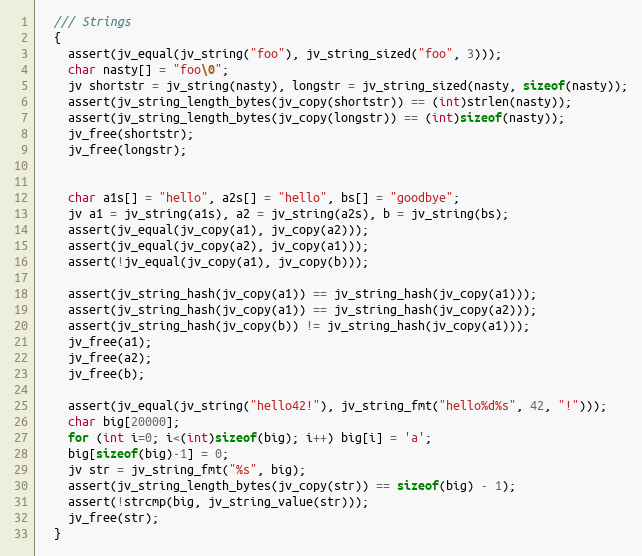
Language: C
  /// Strings
  {
    assert(jv_equal(jv_string("foo"), jv_string_sized("foo", 3)));
    char nasty[] = "foo\0";
    jv shortstr = jv_string(nasty), longstr = jv_string_sized(nasty, sizeof(nasty));
    assert(jv_string_length_bytes(jv_copy(shortstr)) == (int)strlen(nasty));
    assert(jv_string_length_bytes(jv_copy(longstr)) == (int)sizeof(nasty));
    jv_free(shortstr);
    jv_free(longstr);

    char a1s[] = "hello", a2s[] = "hello", bs[] = "goodbye";
    jv a1 = jv_string(a1s), a2 = jv_string(a2s), b = jv_string(bs);
    assert(jv_equal(jv_copy(a1), jv_copy(a2)));
    assert(jv_equal(jv_copy(a2), jv_copy(a1)));
    assert(!jv_equal(jv_copy(a1), jv_copy(b)));

    assert(jv_string_hash(jv_copy(a1)) == jv_string_hash(jv_copy(a1)));
    assert(jv_string_hash(jv_copy(a1)) == jv_string_hash(jv_copy(a2)));
    assert(jv_string_hash(jv_copy(b)) != jv_string_hash(jv_copy(a1)));
    jv_free(a1);
    jv_free(a2);
    jv_free(b);

    assert(jv_equal(jv_string("hello42!"), jv_string_fmt("hello%d%s", 42, "!")));
    char big[20000];
    for (int i=0; i<(int)sizeof(big); i++) big[i] = 'a';
    big[sizeof(big)-1] = 0;
    jv str = jv_string_fmt("%s", big);
    assert(jv_string_length_bytes(jv_copy(str)) == sizeof(big) - 1);
    assert(!strcmp(big, jv_string_value(str)));
    jv_free(str);
  }